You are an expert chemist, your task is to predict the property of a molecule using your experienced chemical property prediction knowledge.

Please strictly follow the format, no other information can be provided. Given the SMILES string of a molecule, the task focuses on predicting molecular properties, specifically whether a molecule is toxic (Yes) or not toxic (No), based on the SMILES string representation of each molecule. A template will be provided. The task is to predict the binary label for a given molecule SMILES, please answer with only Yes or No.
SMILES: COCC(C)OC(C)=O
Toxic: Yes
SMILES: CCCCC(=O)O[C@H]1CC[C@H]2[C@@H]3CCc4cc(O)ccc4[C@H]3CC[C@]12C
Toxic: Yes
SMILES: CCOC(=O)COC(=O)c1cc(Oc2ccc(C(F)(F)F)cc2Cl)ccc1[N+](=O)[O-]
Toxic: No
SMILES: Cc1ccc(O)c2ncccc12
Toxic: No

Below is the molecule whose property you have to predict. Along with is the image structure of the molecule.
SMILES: NC(=S)Nc1cccc2ccccc12
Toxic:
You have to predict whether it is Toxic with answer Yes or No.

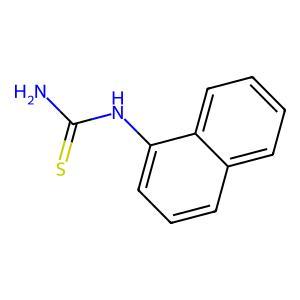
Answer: No